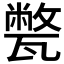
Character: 𤮕